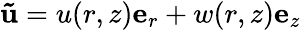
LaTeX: \mathbf{\tilde{{u}}}=u(r,z)\mathbf{e}_{r}+w(r,z)\mathbf{e}_{z}